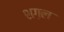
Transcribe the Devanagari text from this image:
शग़ल